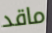
ماقد